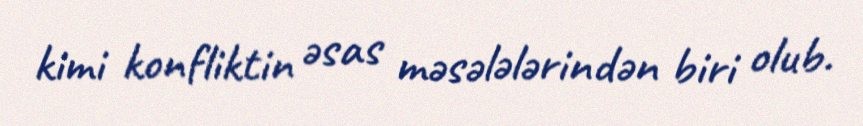
kimi konfliktin əsas məsələlərindən biri olub.